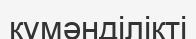
күмәнділікті